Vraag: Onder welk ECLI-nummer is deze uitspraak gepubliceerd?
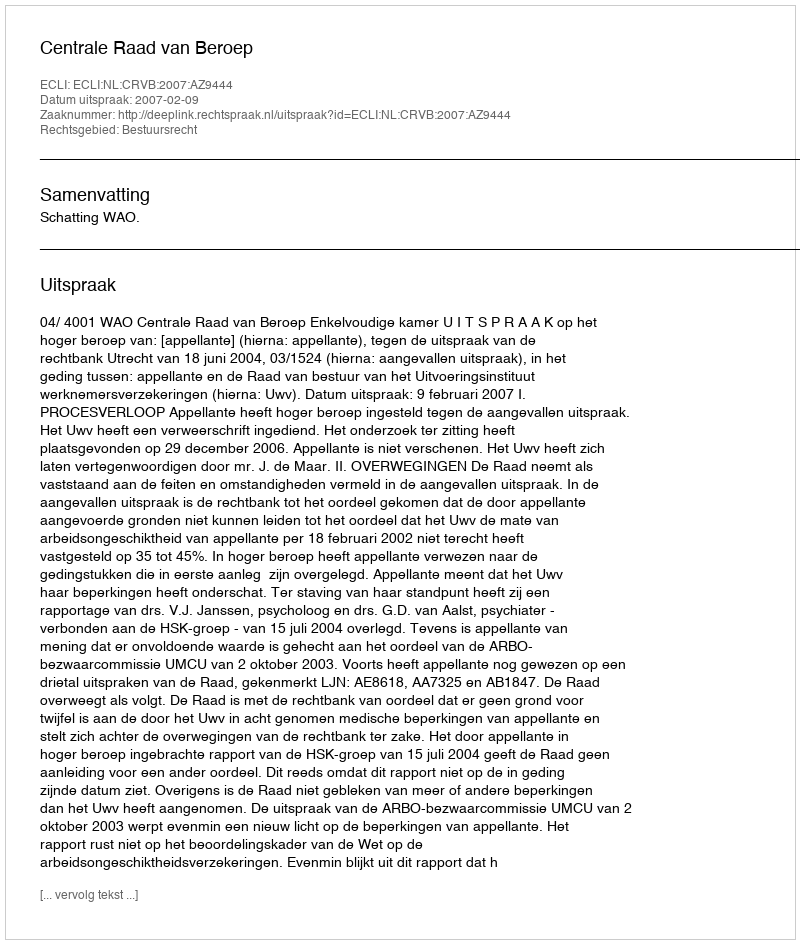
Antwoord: ECLI:NL:CRVB:2007:AZ9444